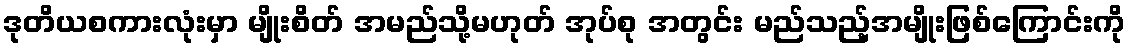
ဒုတိယစကားလုံးမှာ မျိုးစိတ် အမည်သို့မဟုတ် အုပ်စု အတွင်း မည်သည့်အမျိုးဖြစ်ကြောင်းကို